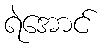
ရဲအောင်